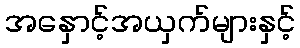
အနှောင့်အယှက်များနှင့်